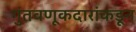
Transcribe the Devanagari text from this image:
गुंतवणूकदारांकडून